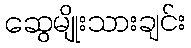
ဆွေမျိုးသားချင်း